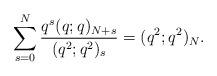
LaTeX: \begin{align*}\sum_{s=0}^N \frac{q^s (q;q)_{N+s}}{(q^2;q^2)_s}=(q^2;q^2)_N. \end{align*}